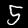
Label: 5